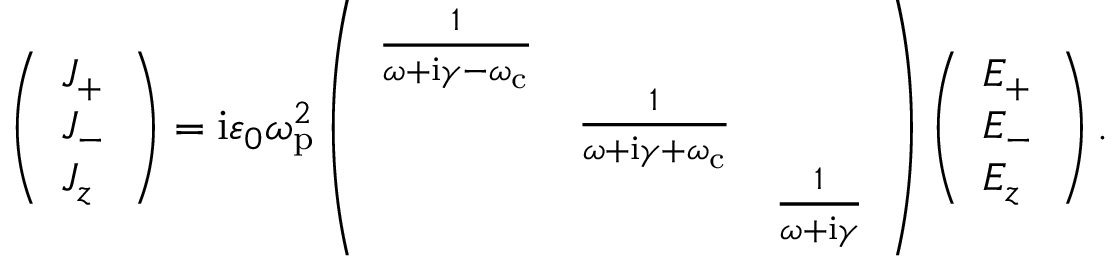
\left( \begin{array} { l } { J _ { + } } \\ { J _ { - } } \\ { J _ { z } } \end{array} \right) = \mathrm { i } \varepsilon _ { 0 } \omega _ { \mathrm { p } } ^ { 2 } \left( \begin{array} { l l l } { \frac { 1 } { \omega + \mathrm { i } \gamma - \omega _ { \mathrm { c } } } } & & \\ & { \frac { 1 } { \omega + \mathrm { i } \gamma + \omega _ { \mathrm { c } } } } & \\ & & { \frac { 1 } { \omega + \mathrm { i } \gamma } } \end{array} \right) \left( \begin{array} { l } { E _ { + } } \\ { E _ { - } } \\ { E _ { z } } \end{array} \right) .